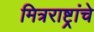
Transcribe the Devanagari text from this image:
मित्रराष्ट्रांचे